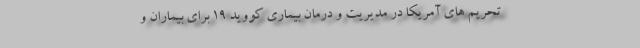
تحریم های آمریکا در مدیریت و درمان بیماری کووید 19 برای بیماران و